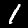
Label: 1